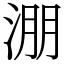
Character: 淜